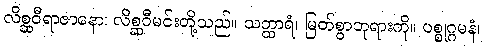
လိစ္ဆဝီရာဇာနော၊ လိစ္ဆဝီမင်းတို့သည်။ သတ္ထာရံ၊ မြတ်စွာဘုရားကို။ ပစ္စုဂ္ဂမနံ၊